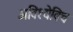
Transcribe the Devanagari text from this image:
अबिश्येविच